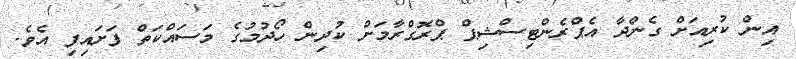
އިން ކުރިއަށް ގެންދާ އެޕްރެންޓިސްޝިޕް ޕްރޮގްރާމަށް ކުދިން ހޯދުމުގެ މަސައްކަތް ފަށައިފި އެވެ.